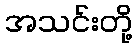
အသင်းတို့